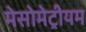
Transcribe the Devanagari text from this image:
मेसोमेट्रीयम